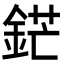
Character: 鋩